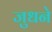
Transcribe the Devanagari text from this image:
जुधने